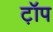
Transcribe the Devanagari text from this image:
ट़ॉप